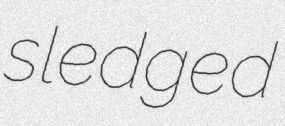
sledged